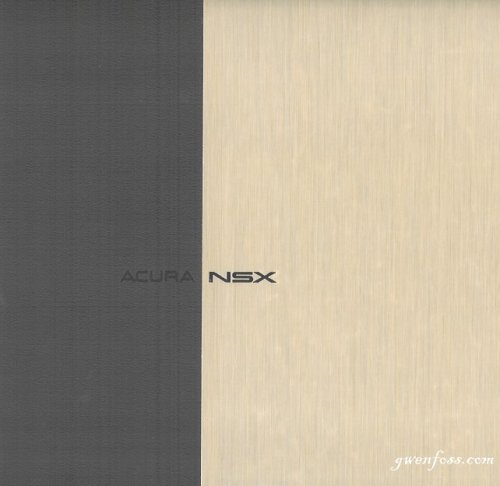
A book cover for Acura NSX; American Honda Motor Company; Engineering & Transportation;